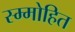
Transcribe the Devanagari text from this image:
स्म्मोहित